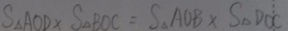
S _ { \Delta } A O D \times S _ { \Delta } B O C = S _ { \Delta } A O B \times S _ { \Delta } D O C